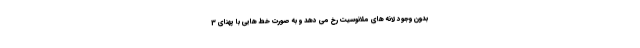
بدون وجود لانه های ملانوسیت رخ می دهد و به صورت خط هایی با پهنای 3